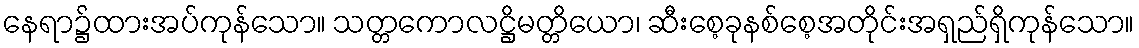
နေရာ၌ထားအပ်ကုန်သော။ သတ္တကောလဋ္ဌိမတ္တိယော၊ ဆီးစေ့ခုနစ်စေ့အတိုင်းအရှည်ရှိကုန်သော။